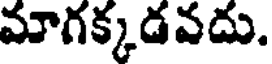
మాగక్కడవదు.